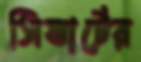
সিভার্টের